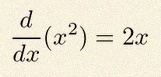
\frac{d}{dx}(x^2)=2x